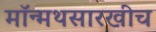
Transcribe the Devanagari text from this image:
मॉन्मथसारखीच